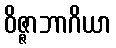
ဝိဇ္ဇာဘာဂိယာ